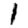
Digit: 1